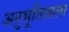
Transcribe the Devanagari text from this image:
अनुभूतिवाला